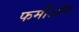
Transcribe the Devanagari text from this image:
फर्मीऑन